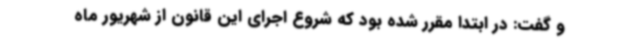
و گفت: در ابتدا مقرر شده بود که شروع اجرای این قانون از شهریور ماه